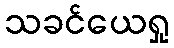
သခင်ယေရှု